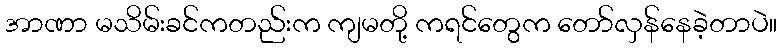
အာဏာ မသိမ်းခင်ကတည်းက ကျမတို့ ကရင်တွေက တော်လှန်နေခဲ့တာပဲ။